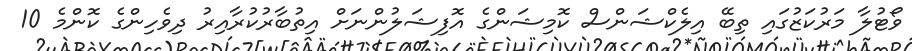
ވޯޓުލާ މަރުކަޒުގައި ތިބޭ އިލެކްޝަންސް ކޮމިޝަންގެ އޮފިޝަލުންނަށް އިތުބާރުކުރާއިރު ދިވެހިންގެ ކޮންމެ 10